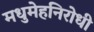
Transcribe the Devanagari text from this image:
मधुमेहनिरोधी